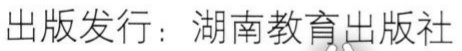
出版发行：湖南教育出版社